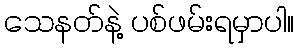
သေနတ်နဲ့ ပစ်ဖမ်းရမှာပါ။